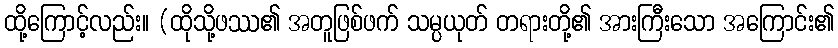
ထို့ကြောင့်လည်း။ (ထိုသို့ဖဿ၏ အတူဖြစ်ဖက် သမ္ပယုတ် တရားတို့၏ အားကြီးသော အကြောင်း၏